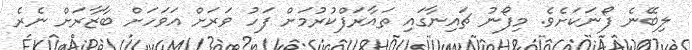
ލިބޭނެ ފޯނަކަށެވެ. މިފޯނު ޗައިނާގައި ތައާރަފްކުރުމަށް ފަހު ވަރަށް އަވަހަށް ބާޒާރަށް ނެރެ